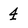
Character: 4